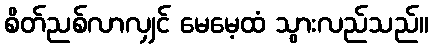
စိတ်ညစ်လာလျှင် မေမေ့ထံ သွားလည်သည်။